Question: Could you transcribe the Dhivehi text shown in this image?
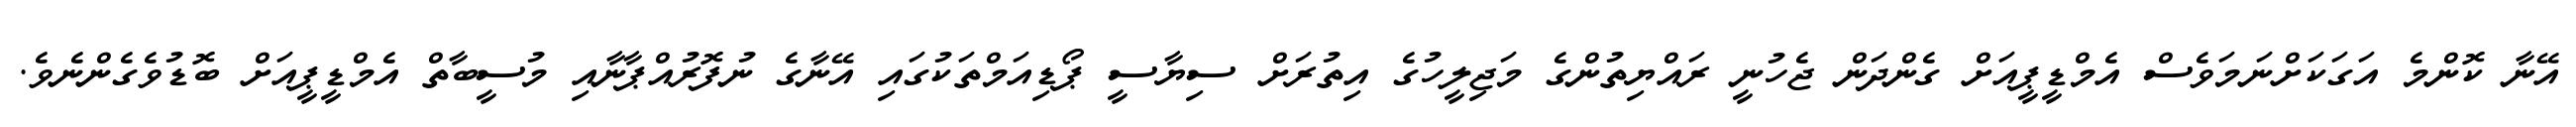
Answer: އޭނާ ކޮންމެ އަގަކަށްނަމަވެސް އެމްޑީޕީއަށް ގެންދަން ޖެހުނީ ރައްޔިތުންގެ މަޖިލީހުގެ އިތުރަށް ސިޔާސީ ޕޯޑިއަމްތަކުގައި އޭނާގެ ނުފޮރުއްޕާނާއި މުސީބާތް އެމްޑީޕީއަށް ބޮޑުވެގެންނެވެ.